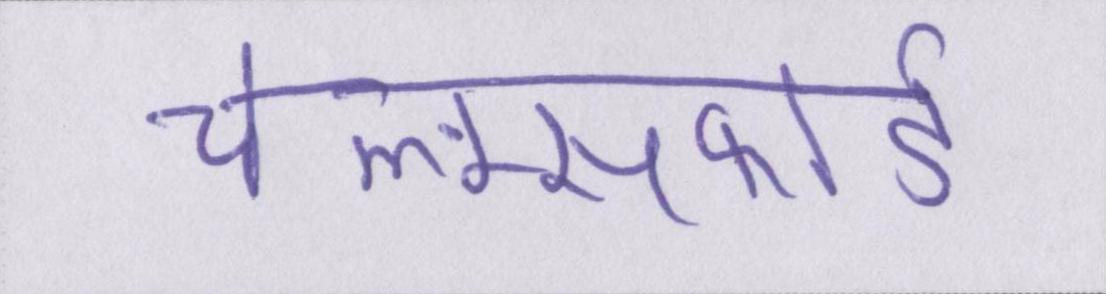
चेल्म्सफोर्ड